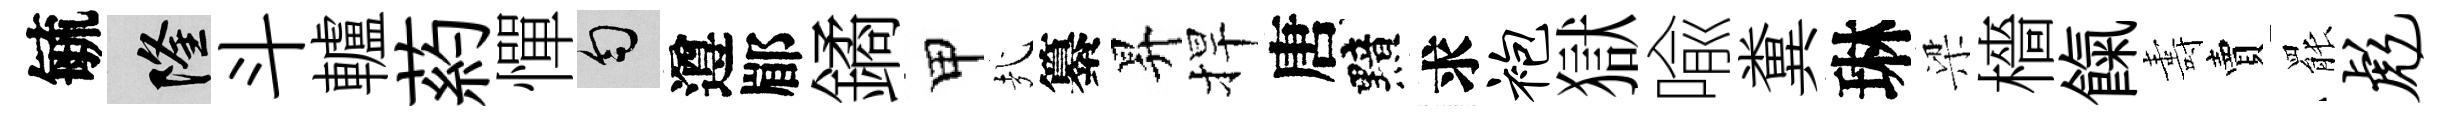
毓隆斗轤葯憚匀遵郿鐍甲㢤纂昇捍唐黯求袍獄喩糞琳梁檣餼夀賣罷彪